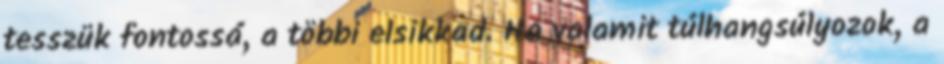
tesszük fontossá, a többi elsikkad. Ha valamit túlhangsúlyozok, a